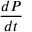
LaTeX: \frac { d P } { d t }